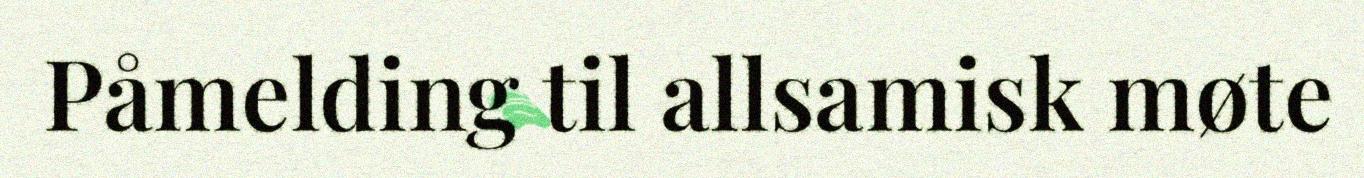
Påmelding til allsamisk møte